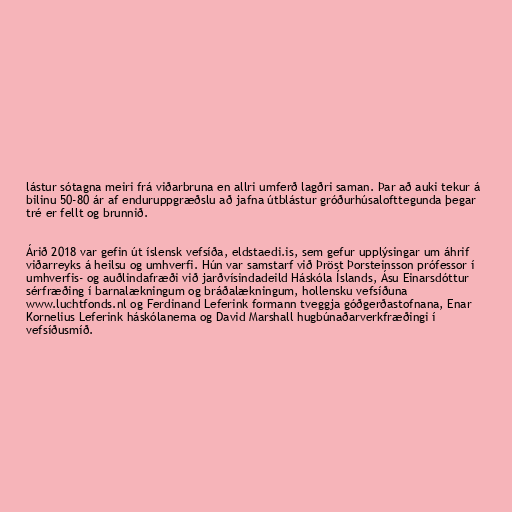
lástur sótagna meiri frá viðarbruna en allri umferð lagðri saman. Þar að auki tekur á
bilinu 50-80 ár af enduruppgræðslu að jafna útblástur gróðurhúsalofttegunda þegar
tré er fellt og brunnið.

Árið 2018 var gefin út íslensk vefsíða, eldstaedi.is, sem gefur upplýsingar um áhrif
viðarreyks á heilsu og umhverfi. Hún var samstarf við Þröst Þorsteinsson prófessor í
umhverfis- og auðlindafræði við jarðvísindadeild Háskóla Íslands, Ásu Einarsdóttur
sérfræðing í barnalækningum og bráðalækningum, hollensku vefsíðuna
www.luchtfonds.nl og Ferdinand Leferink formann tveggja góðgerðastofnana, Enar
Kornelius Leferink háskólanema og David Marshall hugbúnaðarverkfræðingi í
vefsíðusmíð.